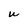
Character: W